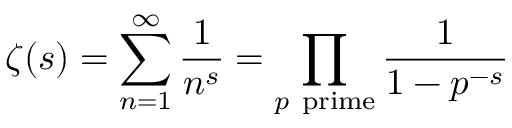
\zeta ( s ) = \sum _ { n = 1 } ^ { \infty } { \frac { 1 } { n ^ { s } } } = \prod _ { p { \mathrm { ~ p r i m e } } } { \frac { 1 } { 1 - p ^ { - s } } }